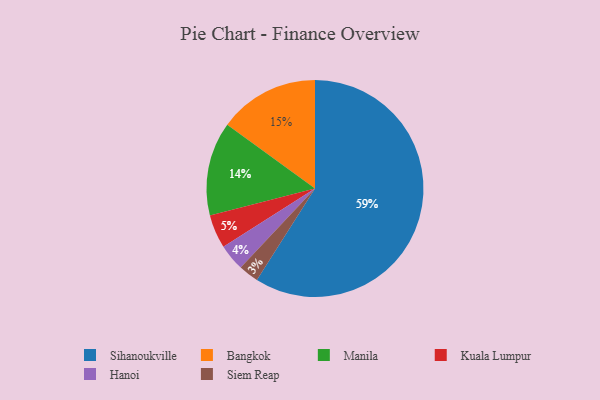
{"axis": {"x": "Category", "y": "Percentage"}, "legend": ["Bangkok", "Hanoi", "Kuala Lumpur", "Manila", "Siem Reap", "Sihanoukville"], "data": [{"x": "Sihanoukville", "y": 59, "type": "Sihanoukville"}, {"x": "Manila", "y": 14, "type": "Manila"}, {"x": "Bangkok", "y": 15, "type": "Bangkok"}, {"x": "Kuala Lumpur", "y": 5, "type": "Kuala Lumpur"}, {"x": "Hanoi", "y": 4, "type": "Hanoi"}, {"x": "Siem Reap", "y": 3, "type": "Siem Reap"}]}